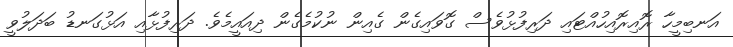
އަނބިމީހާ ރޮއިރޮއިހުއްޓައި ދަރިފުޅުވެސް ގޮވައިގެން ގެއިން ނުކުމެގެން ދިއައީމެވެ. ދަރިފުޅާއި އަޅުގަނޑު ބަދަލުވީ